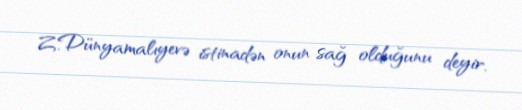
Z.Dünyamalıyevə istinadən onun sağ olduğunu deyir.